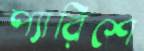
প্যারিশে